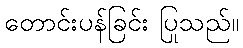
တောင်းပန်ခြင်း ပြုသည်။